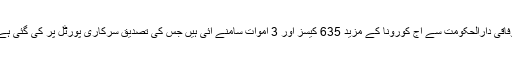
وفاقی دارالحکومت سے آج کورونا کے مزید 635 کیسز اور 3 اموات سامنے آئی ہیں جس کی تصدیق سرکاری پورٹل پر کی گئی ہے۔